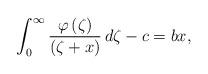
LaTeX: \begin{align*}\int_0^{\infty}\frac{\varphi\left(\zeta\right)}{\left(\zeta+x\right)}\, d\zeta-c=b x, \end{align*}